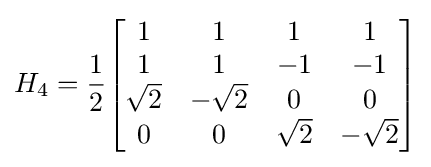
H_{4}={\frac {1}{2}}{\begin{bmatrix}1&1&1&1\\1&1&-1&-1\\{\sqrt {2}}&-{\sqrt {2}}&0&0\\0&0&{\sqrt {2}}&-{\sqrt {2}}\end{bmatrix}}